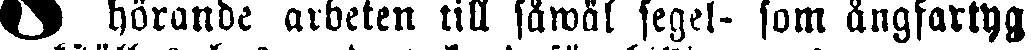
13 hörande arbeten till såwäl segel- som ångfartyg